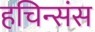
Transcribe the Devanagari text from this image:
हचिन्संस